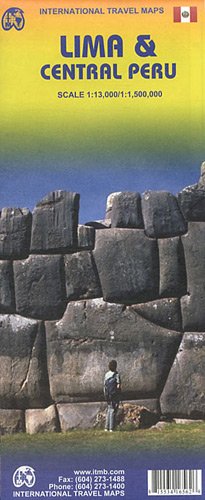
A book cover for Lima & Central Peru 1:13,000 / 1:1,500,000 Travel Map (International Travel Maps); ITM Canada; Travel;